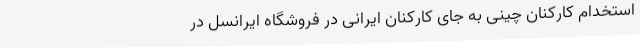
استخدام کارکنان چینی به جای کارکنان ایرانی در فروشگاه ایرانسل در